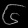
Digit: ၆